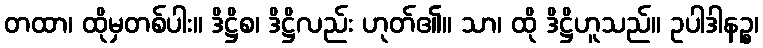
တထာ၊ ထိုမှတစ်ပါး။ ဒိဋ္ဌိစ၊ ဒိဋ္ဌိလည်း ဟုတ်၏။ သာ၊ ထို ဒိဋ္ဌိဟူသည်။ ဥပါဒါနဉ္စ၊